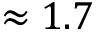
\approx 1 . 7